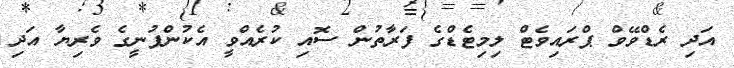
އަދި ރެޑްވޭވް ޕްރައިވެޓް ލިމިޓެޑްގެ ފަރާތުން ސޮއި ކުރެއްވީ އެކުންފުނީގެ ވެރިޔާ އަދި